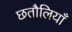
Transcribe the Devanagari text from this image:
छतौलियाँ